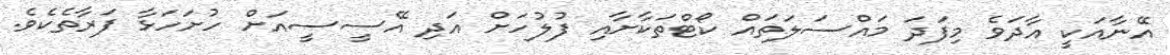
އޭނާއަކީ އާދަވެ މިފަދަ މައްސަލަތައް ކޯޓްތަކާށާއި ފުލުހަށް އަދި އޭސީސީއަށް ހުށަހަޅާ ފަރާތެކެވެ.